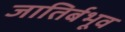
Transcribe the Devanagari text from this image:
जातिर्बभूव